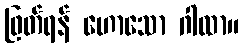
ဖြတ်ရန် ဟောသော ဂါထာ။